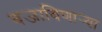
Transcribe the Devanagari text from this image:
बजाविणार्‍या